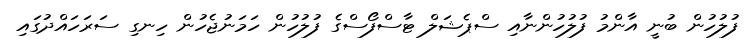
ފުލުހުން ބުނީ އާންމު ފުލުހުންނާއި ސްޕެޝަލް ޓާސްފޯސްގެ ފުލުހުން ހަމަނުޖެހުން ހިނގި ސަރަހައްދުގައި